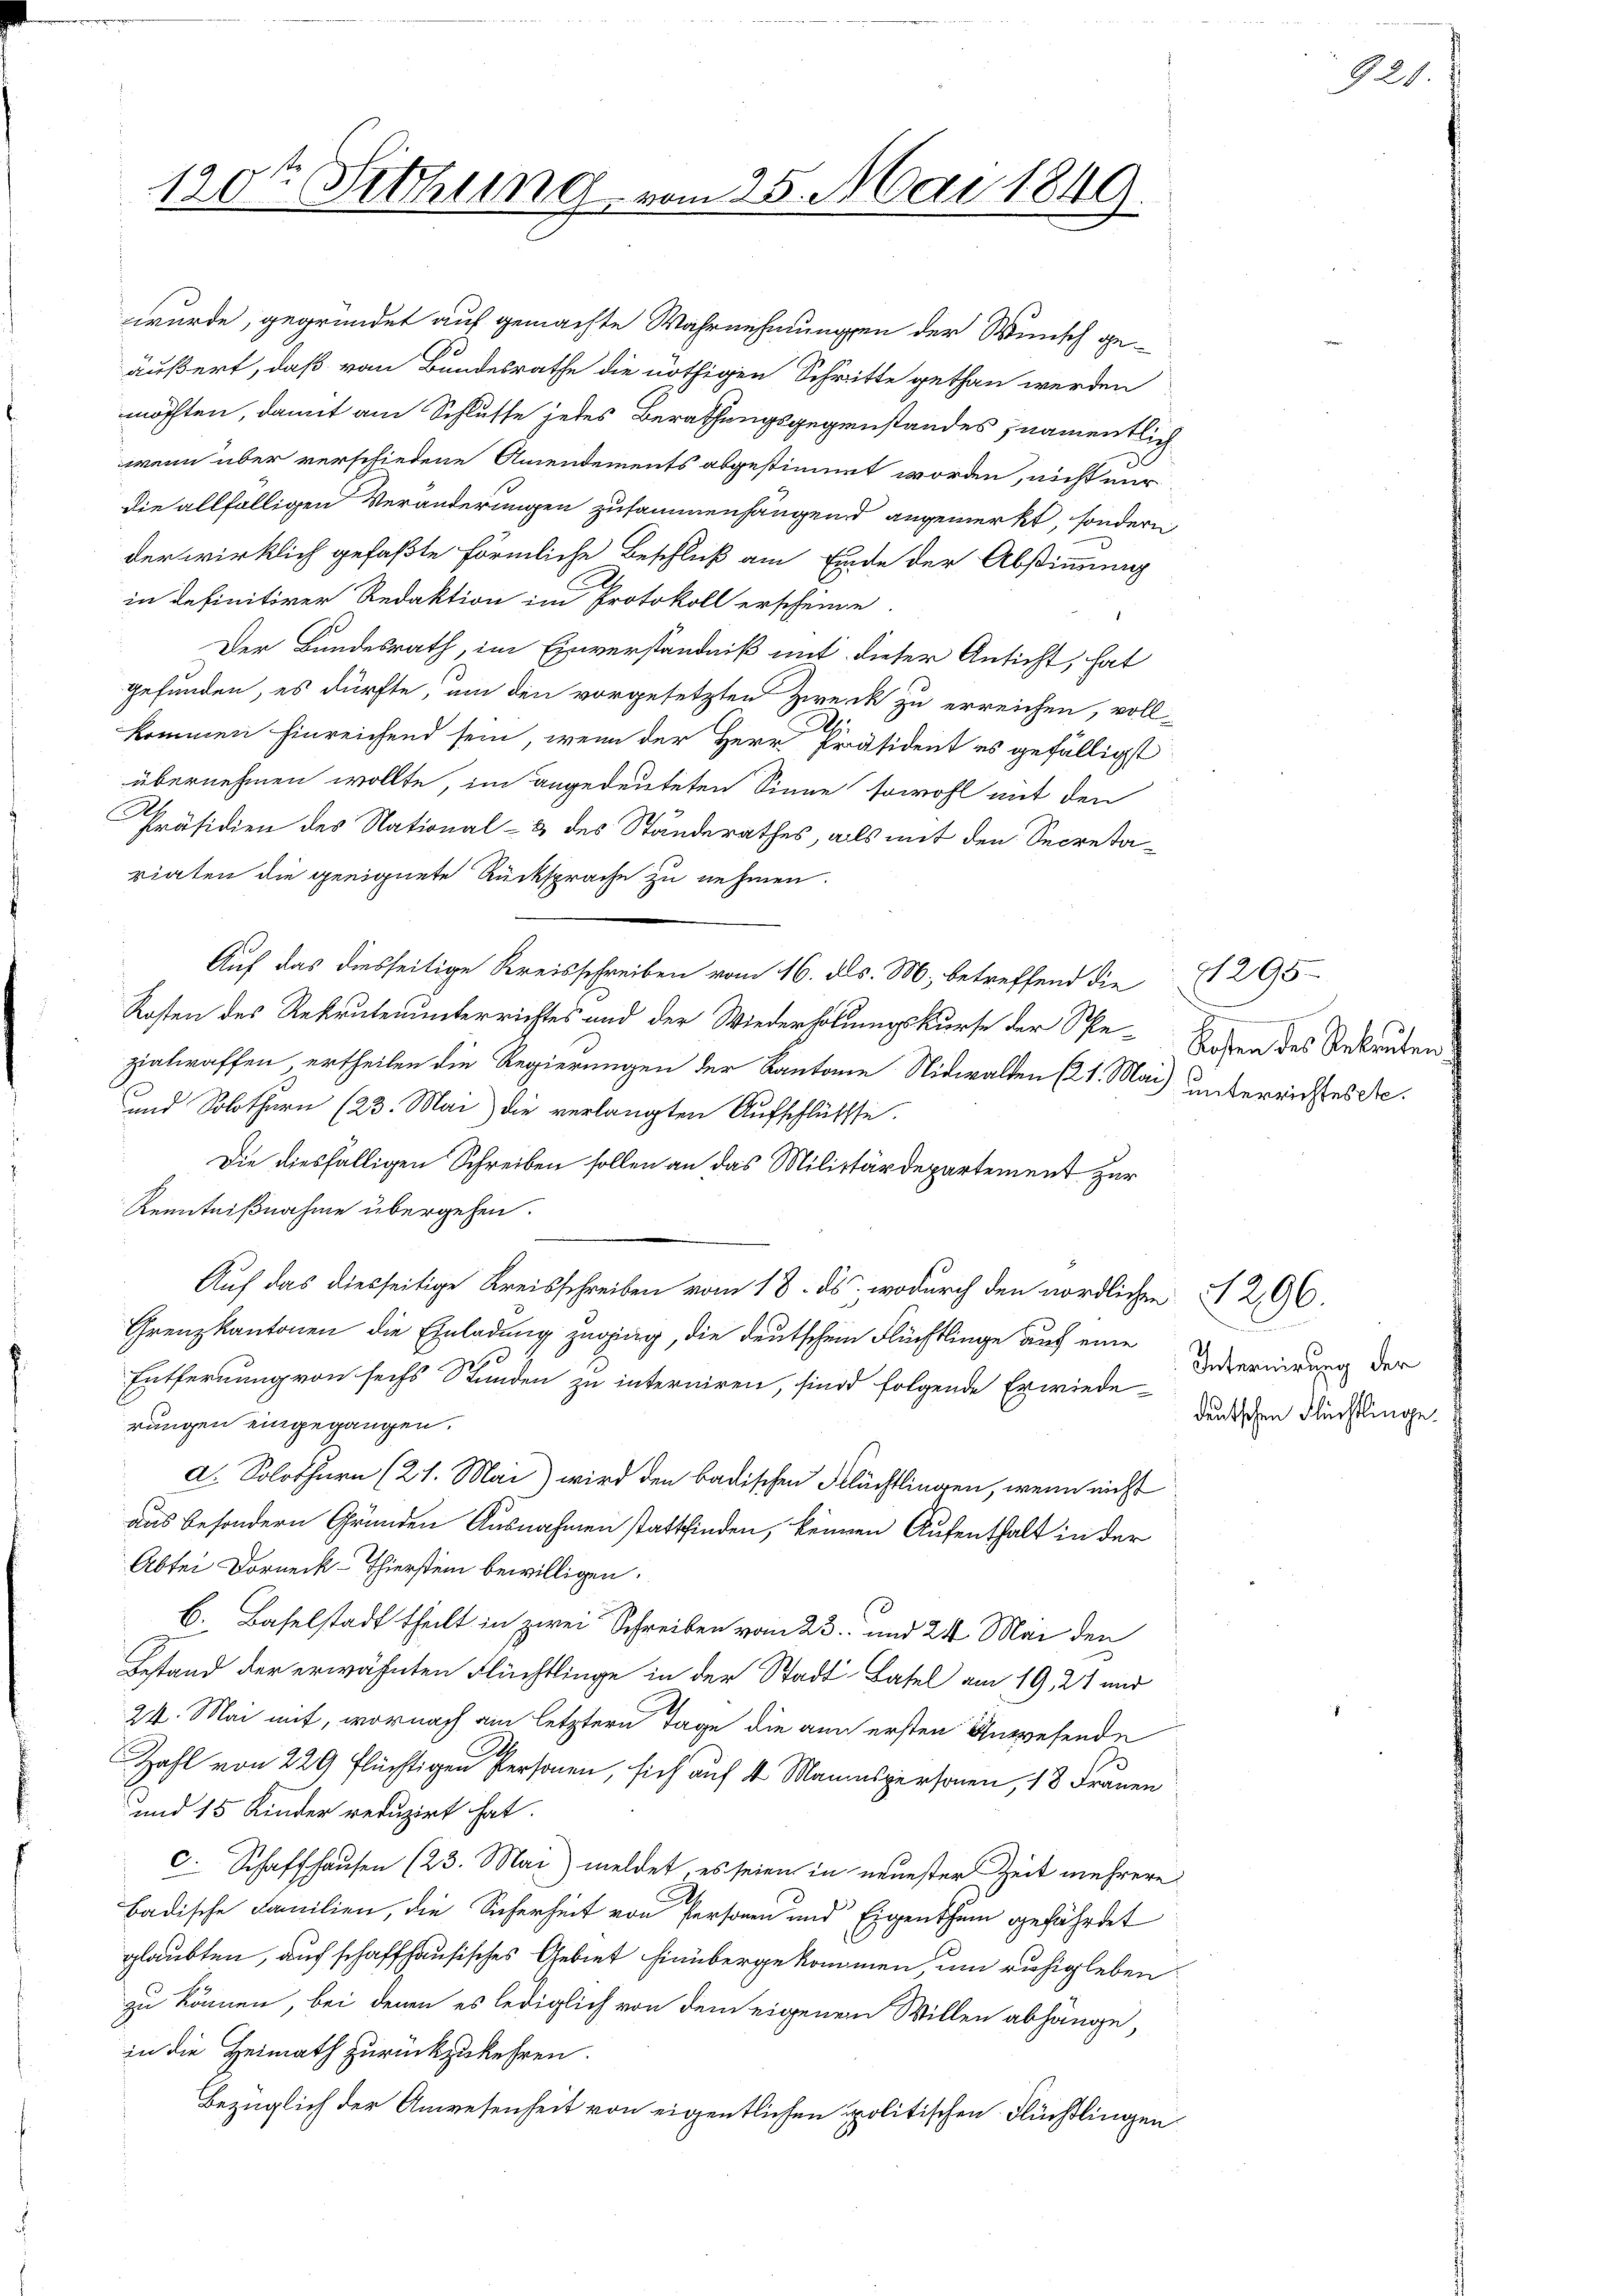
120t Setzung vom 25. Mai 1849.

wurde, gegründet auf gemachte Wahrnehmungen der Wunsch geäußert, daß von Bundesrathe die nöthigen Schritte gethan werden
möchten, damit am Schlusse jedes Berathungsgegenstandes namentlich
wenn über verschiedene Amendements abgestimmt worden, nicht mir
die allfälligen Veränderungen zusammenhängend angemerkt, sondern
der wirklich gefaßte förmliche Beschluß am Einde der Abstimmung
in definitiver Redaktion im Protokoll erscheine
Der Bundesrath, im Einverständniß mit dieser Ansicht, hat
gefunden, es dürfte, um den vorgesetzten Zweck zu erreichen, voll-
kommen hinreichend sein, wenn der Herr Präsident es gefälligst
übernehmen wollte, im angedeuteten Sinne sowohl mit den
Präsidien des National- & des Standerathes, alls mit den Secretariaten die geeignete Rücksprache zu nehmen.
Auf das diesseitige Kreisschreiben vom 16. ds. M., betreffend die
Kosten des Rekrutenunterrichtes und der Wiederholungskurse der Spe-Leben des Rekruten
zialwaffen, ertheilen die Regierungen der Kantone Nidwalden (21. Mai unterrichtes Se¬
und Solothurn (23. Mai die verlangten Aufschlüsse.
Die diesfälligen Schreiben sollen an das Militärdepartement zur
Kenntnißnahme übergehen.
Auf das diesseitige Kreisschreiben vom 18. ds., wodurch den nördlichen § 296.
Grenzkantonen die Einladung zuging, die deutschen Flüchtlinge auf eine
0
Entfernung von sechs Stunden zu interniren, sind folgende Erwiede
rungen eingegangen.
d. Solothurn (21. Mai) wird den badischen Flüchtlingen, wenn nicht
aus besondern Gründen Ausnahmen stattfinden, keinen Aufenthalt in der
Abtei Dorneck-Thierstein bewilligen.
B. Baselstadt theilt in zwei Schreiben vom 23. und 24. Mai den
Bestand der erwähnten Flüchtlinge in der Stadt-Basel am 19. 21 und
24. Mai mit, wornach am letztern Tage die auch ersten Anwesende
Zahl von 229 flüchtigen Personen, sich auf 4 Mannspersonen, 18 Frauen
und 15 Kinder reduzirt hat.
c. Schaffhausen (23. Mai) meldet, es seien in neuester Zeit mehrere
badische Familien, die Sicherheit von Personen und Eigenthum gefährdet
glaubten, auf schaffhausisches Gebiet hinübergekommen, um ruhig leben
zu können, bei denen es lediglich von dem eigenen Willen abhänge,
in die Heimath zurückzukehren.
Bezüglich der Anwesenheit von eigentlichen Spolitischen Flüchtlingen

11295.

Internirung der
deutschen Flüchtlinge.

920.